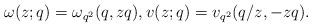
LaTeX: \begin{align*}\omega(z;q)=\omega_{q^2}(q,zq),v(z;q)=v_{q^2}(q/z,-zq).\end{align*}